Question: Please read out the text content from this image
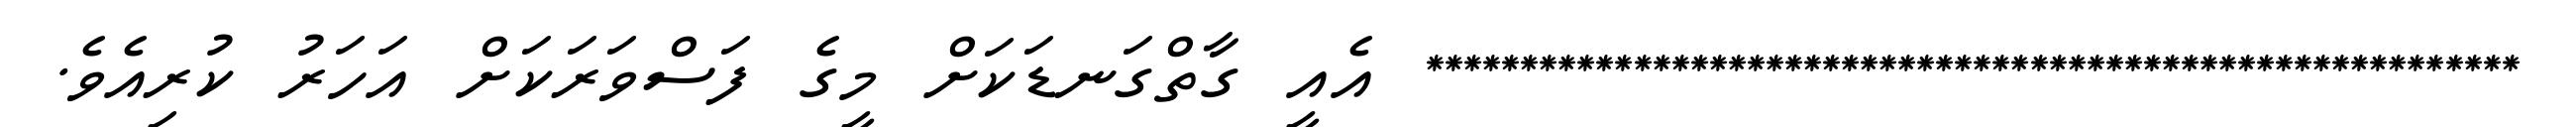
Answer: ********************************************************** އެއީ ގާތްގަނޑަކަށް މީގެ ފަސްވަރަކަށް އަހަރު ކުރިއެވެ.